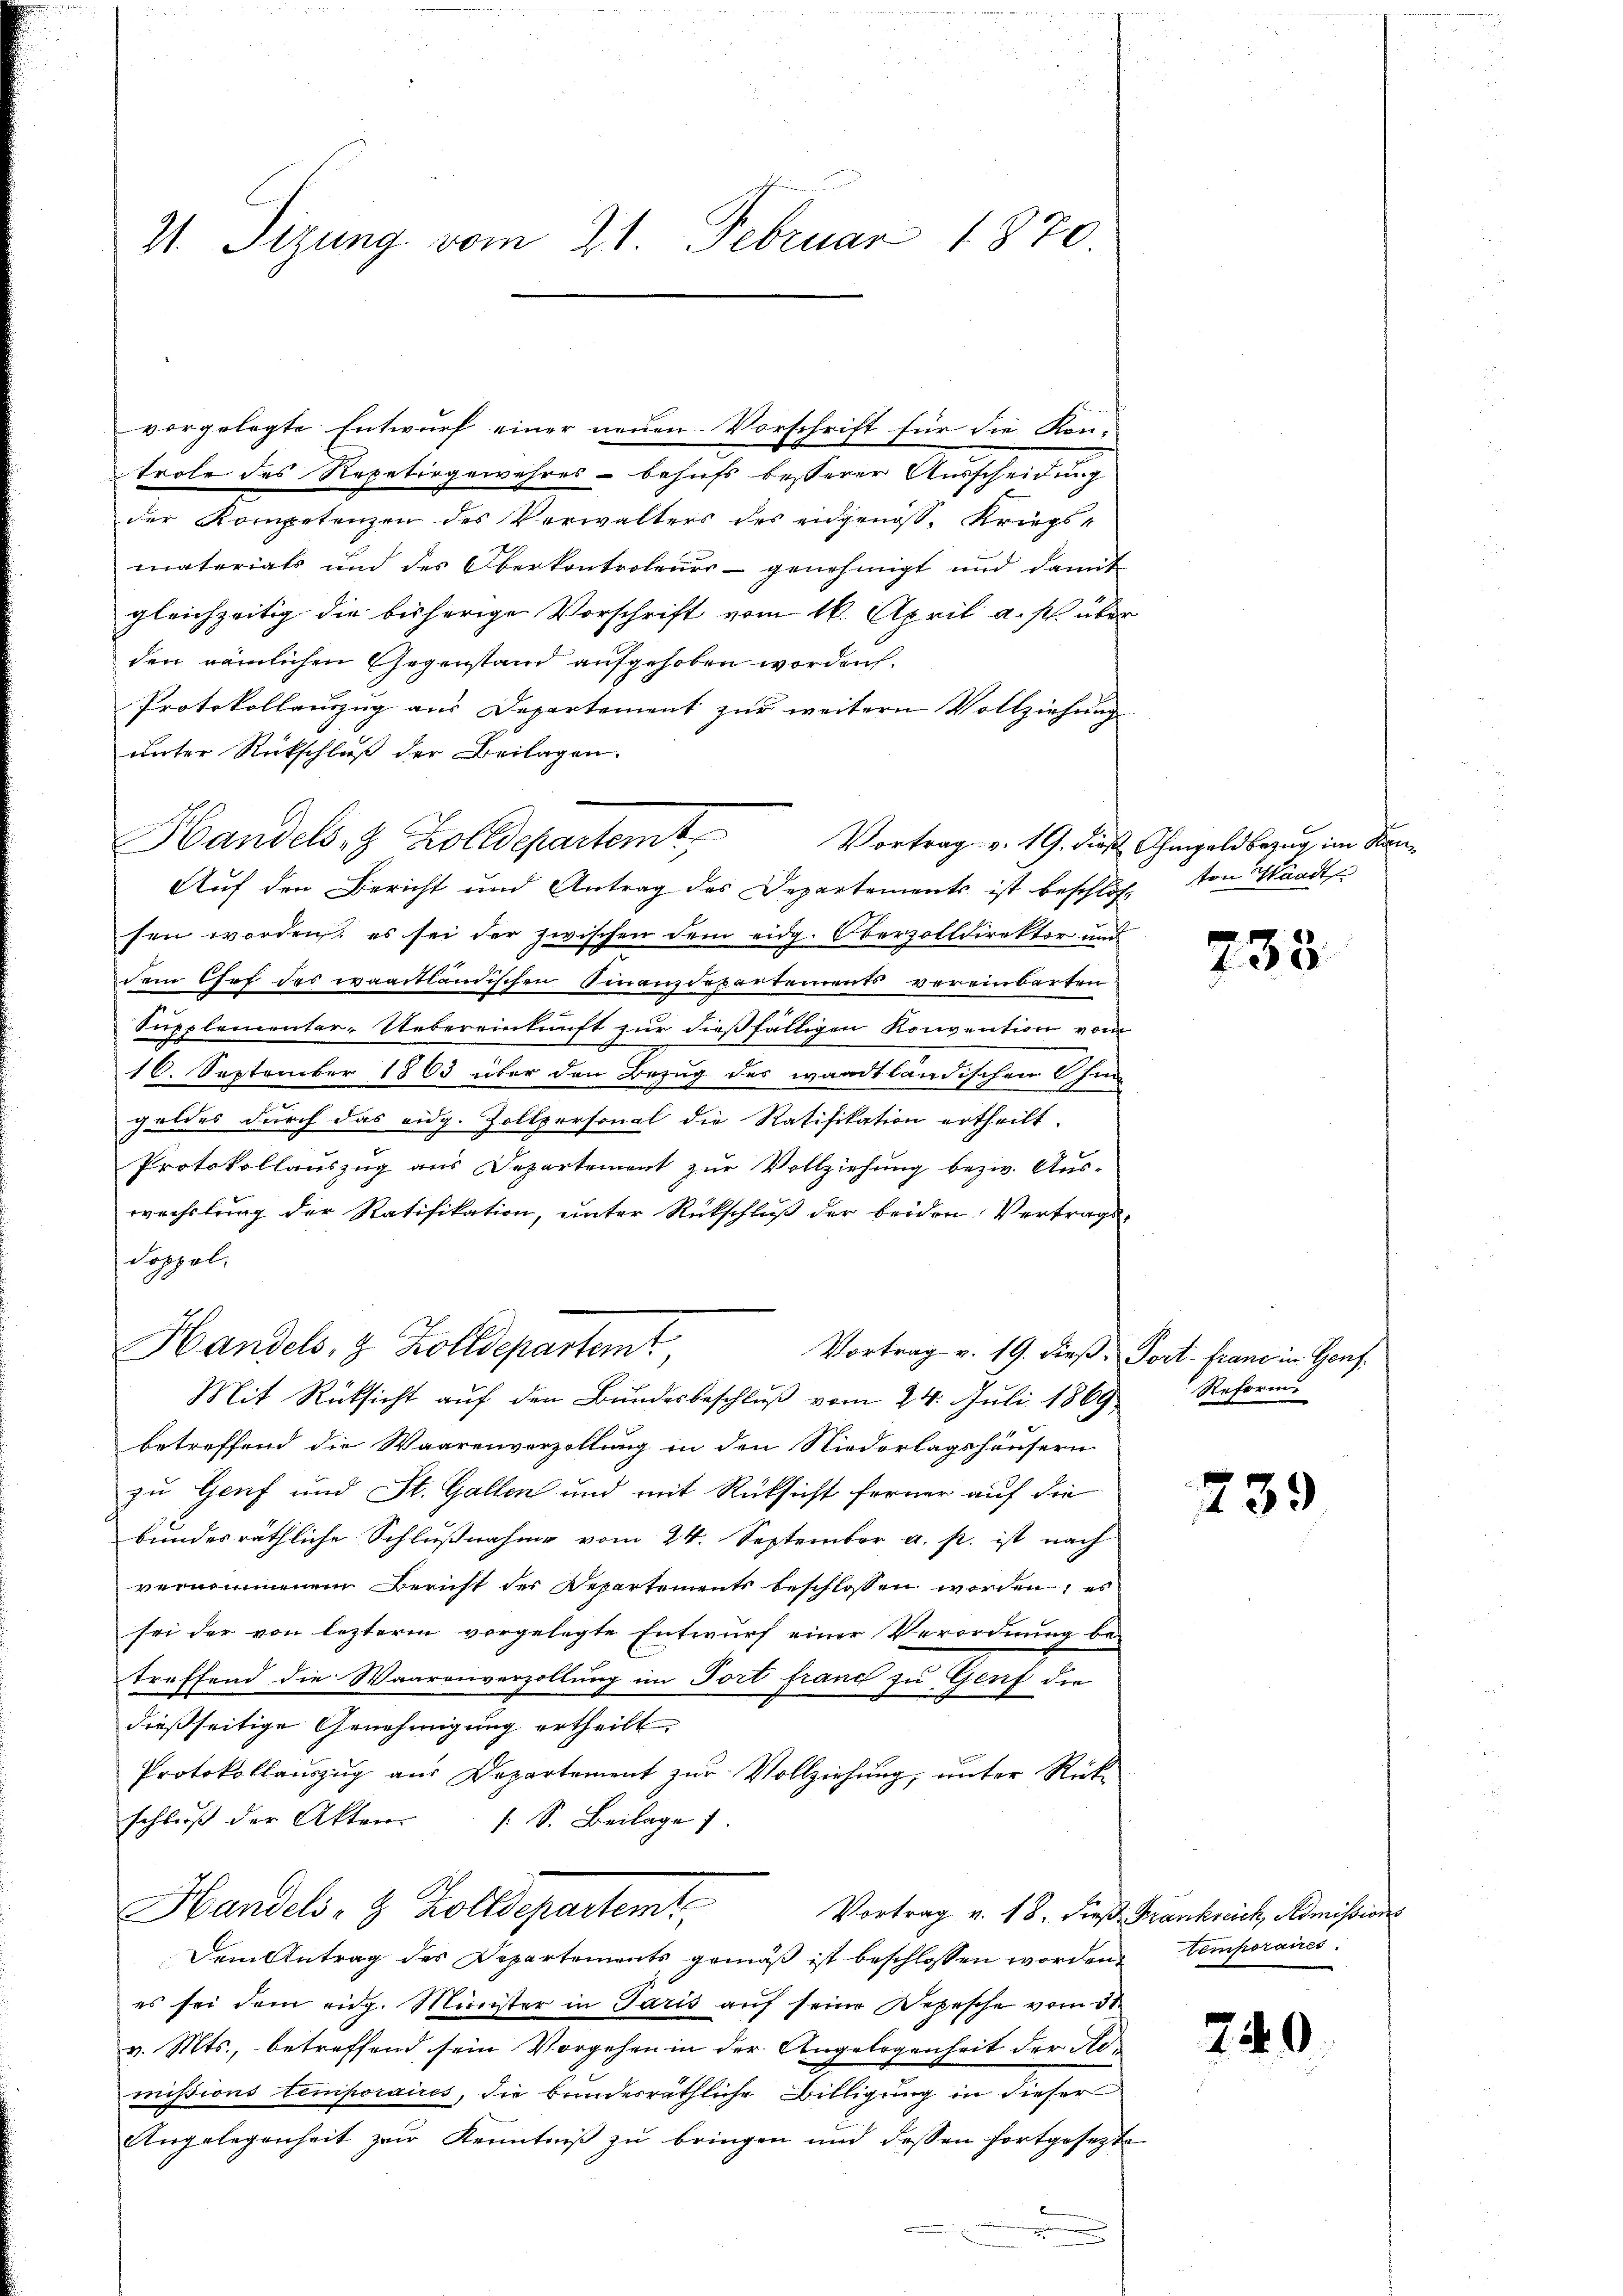
21. Sizung vom 21. Februar 1870

vorgelegte Entwurf einer neuen Vorschrift für die Kon-
trole des Repetirgewahres behufs besserer Ausscheidung
der Kompetenzen des Verwalters des eidgenoss, Kriegsmaterials und des Oberkontroleuer - genehmigt und damit
gleichzeitig die bisherige Vorschrift vom 16. April a. p. über
den nämlichen Gegenstand aufgehoben worden.
Protokollauszug aus Departement zur weitern Vollziehung
unter Rückschluß der Beilagen.
Handels 8 Zolldepartemt,
Auf den Bericht und Antrag des Departements ist beschloß von Waadt
sen worden, es sei der zwischen dem eidg. Oberzolldirektor und
dem Chef des waadtländischen Finanzdepartements vereinbarten
Supplementar-Uebereinkunft zur dießfälligen Konvention vom
16. September 1863 über den Bezug des waadtländischen hin-
geldes durch das eidg. Zollpersonal die Ratifikation ertheilt.
Protokollauszug aus Departement zur Vollziehung bezw. Aus-
wechslung der Ratifikation, unter Rückschluß der beiden Vertrags-
doppel.
Handels, 9 Zolldepartemt
Vortrag v. 19. dieß, Fort- franz in Genf
Mit Rücksicht auf den Bundesbeschluß vom 24. Juli 1869
betreffend die Waarenverzollung in den Niederlagshäusern
zu Genf und St. Gallen und mit Rücksicht ferner auf die
bundesräthliche Schlußnahme vom 24. September a. p. ist nach
vernommenem Bericht der Repartements beschlossen worden; es
sei der von lezterm vorgelegte Entwurf einer Verordnung be-
treffend die Waarenverzollung im Fort franz zu Genf die
dießseitige Genehmigung ertheilt.
Protokollauszug aus Departement zur Vollziehung, unter Rück-
schließ der Akten (S. Beilage
Handels- & Zolldepartemt
Vortrag v. 18. dieß Frankreich, Admissions
Dem Antrag des Departements gemäß ist beschlossen worden.
es sei dem eidg. Minister in Paris auf seine Repesche vom 31.
v. Mts., betreffend sein Vorgehen in der Angelegenheit der Remissions temporaires, die bundesräthliche Billigung in dieser
Angelegenheit zur Kenntniß zu bringen und dessen fortgesezte
.

Vortrag v. 19. dieß Ohmgeld bezug im Kan¬

733

Reform.

239

temporaires

240